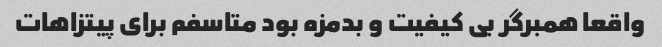
واقعا همبرگر بی کیفیت و بدمزه بود متاسفم برای پیتزاهات